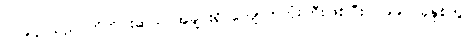
၇၇၉၄ သည် ကိုက်ငါးဆယ် အချင်းရှိ ကျောက်တုံးကြီးဖြစ်ပြီး၊ ၁၉၉၇ ခုနှစ်တွင်